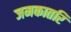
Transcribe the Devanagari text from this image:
जमकातरि